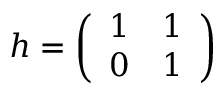
h = { \left( \begin{array} { l l } { 1 } & { 1 } \\ { 0 } & { 1 } \end{array} \right) }